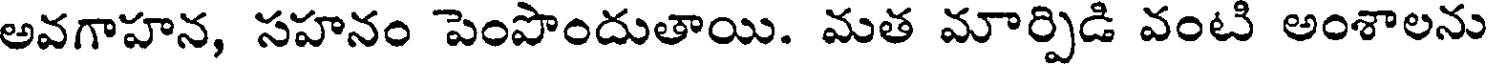
అవగాహన, సహనం పెంపొందుతాయి. మత మార్పిడి వంటి అంశాలను